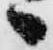
へ